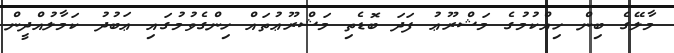
މާލޭގެ ބިން ހިއްކުމުގެ މަޝްރޫޢު ފަދަ ބޮޑެތި މަޝްރޫޢުތައް ހިންގެވުމުގައި ޢަބުދު ކަމާލުއްދީން